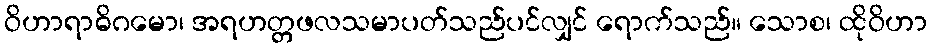
ဝိဟာရာဓိဂမော၊ အရဟတ္တဖလသမာပတ်သည်ပင်လျှင် ရောက်သည်။ သောစ၊ ထိုဝိဟာ